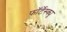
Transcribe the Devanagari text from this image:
फॉर्टेस्क्यू